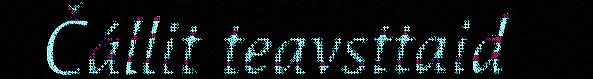
Čállit teavsttaid